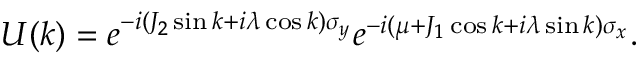
U ( k ) = e ^ { - i ( J _ { 2 } \sin k + i \lambda \cos k ) \sigma _ { y } } e ^ { - i ( \mu + J _ { 1 } \cos k + i \lambda \sin k ) \sigma _ { x } } .